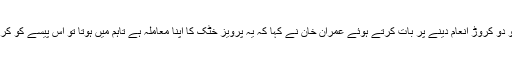
پرویز خٹک کے پشاور زلمی کو دو کروڑ انعام دینے پر بات کرتے ہوئے عمران خان نے کہا کہ یہ پرویز خٹک کا اپنا معاملہ ہے تاہم میں ہوتا تو اس پیسے کو کرکٹ کے میدان بنوانے میں لگاتا۔